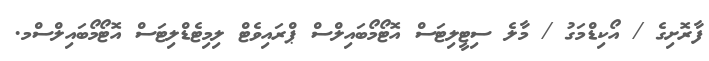
ފާރޮށިގެ / އޯކިޑްމަގު / މާލެ ސިޓީލިޓަސް އޮޓޯމޯބައިލްސް ޕްރައިވެޓް ލިމިޓެޑްލިޓަސް އޮޓޯމޯބައިލްސްމ.